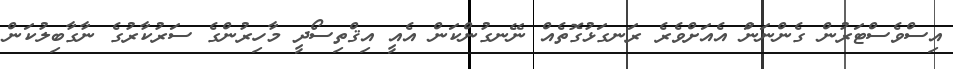
އިސްވެސްޓަރުން ގެންނަނަް އެއަށްވެރެ ރަނގަޅުގޮތެއް ނޭނގުންކަން އެއީ އިޤްތިސޯދީ މާހިރުންގެ ސަރުކާރުގެ ނާގާބިލުކަން